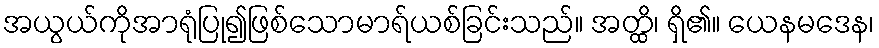
အယွယ်ကိုအာရုံပြု၍ဖြစ်သောမာရ်ယစ်ခြင်းသည်။ အတ္ထိ၊ ရှိ၏။ ယေနမဒေန၊